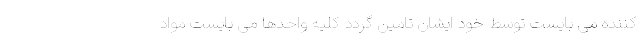
کننده می بایست توسط خود ایشان تامین گردد کلیه واحدها می بایست مواد